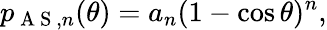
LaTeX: p_{\mathrm{~A~S~},n}(\theta)=a_{n}(1-\cos\theta)^{n},